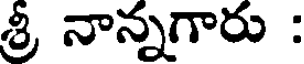
శ్రీ నాన్నగారు :